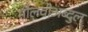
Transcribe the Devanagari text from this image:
मौलवीअब्दुल